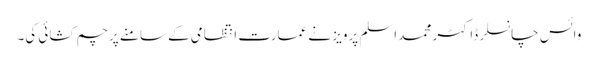
وائس چانسلر ڈاکٹر محمد اسلم پرویز نے عمارت انتظامی کے سامنے پرچم کشائی کی۔